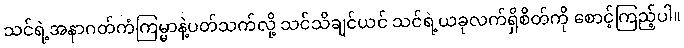
သင်ရဲ့အနာဂတ်ကံကြမ္မာနဲ့ပတ်သက်လို့ သင်သိချင်ယင် သင်ရဲ့ယခုလက်ရှိစိတ်ကို စောင့်ကြည့်ပါ။